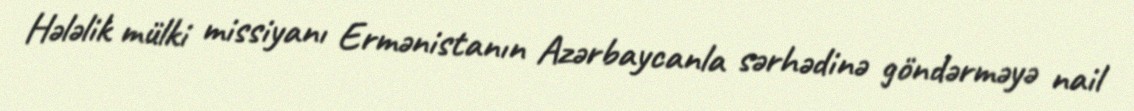
Hələlik mülki missiyanı Ermənistanın Azərbaycanla sərhədinə göndərməyə nail